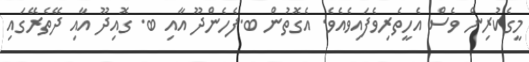
މީގެކުރިން ވެސް އެހީތެރިވެފައިވެއެވެ. އެގޮތުން ބ.ފެހެންދޫ އާއި ބ. ގޮއިދޫ އާއި ދޭތެރޭގައި